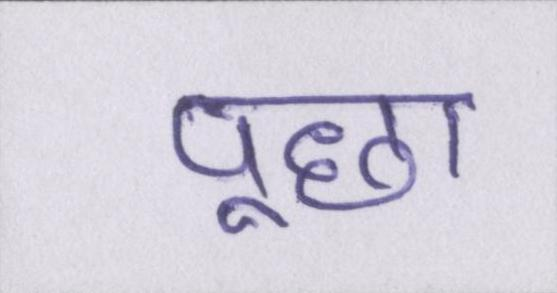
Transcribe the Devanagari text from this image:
पूछा